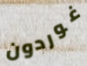
غوردون